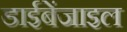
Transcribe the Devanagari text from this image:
डाईबेंजाइल